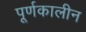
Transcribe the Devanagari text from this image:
पूर्णकालीन